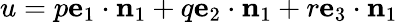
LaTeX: u=p\mathbf{e}_{1}\cdot\mathbf{n}_{1}+q\mathbf{e}_{2}\cdot\mathbf{n}_{1}+r\mathbf{e}_{3}\cdot\mathbf{n}_{1}